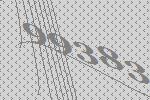
99383